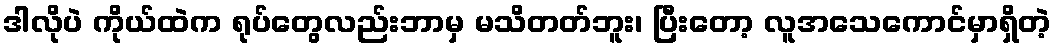
ဒါလိုပဲ ကိုယ်ထဲက ရုပ်တွေလည်းဘာမှ မသိတတ်ဘူး၊ ပြီးတော့ လူအသေကောင်မှာရှိတဲ့